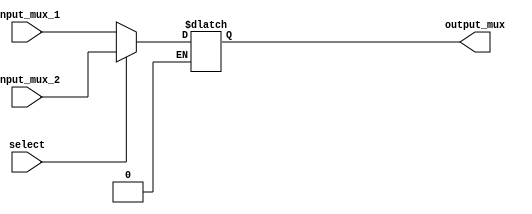
module mux(input[7:0] input_mux_1,input_mux_2, output[7:0] output_mux, input select);

reg output_mux;
//if select = 0 , output is input 1 otherwise ouytput is input 2
always @(*)begin
	if(select == 1'b0)begin
		output_mux = input_mux_1;
	end
	else if(select == 1'b1)begin
		output_mux = input_mux_2;
	end
end

endmodule